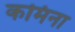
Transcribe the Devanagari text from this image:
कमिना